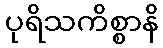
ပုရိသကိစ္စာနိ